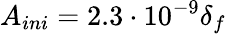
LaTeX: A_{ini}=2.3\cdot 10^{-9}\delta_{f}